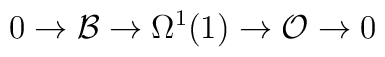
0\rightarrow {\cal B} \rightarrow \Omega^1(1) \rightarrow {\cal O}\rightarrow 0